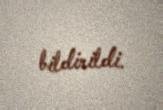
bildirildi.